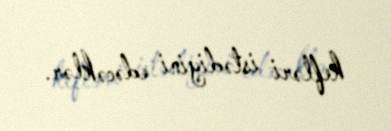
kefləri istədiyini edəcəklər.